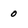
Character: 0